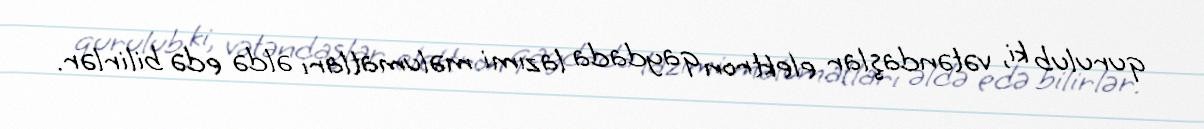
qurulub ki, vətəndaşlar elektron qaydada lazımi məlumatları əldə edə bilirlər.